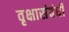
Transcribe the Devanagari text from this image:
वृक्षासंबंधी